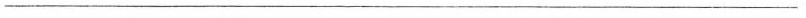
___